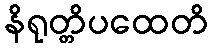
နိရုတ္တိပထေတိ